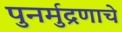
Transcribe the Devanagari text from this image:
पुनर्मुद्रणाचे